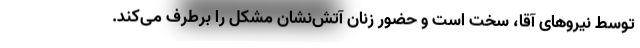
توسط نیروهای آقا، سخت است و حضور زنان آتش‌نشان مشکل را برطرف می‌کند.